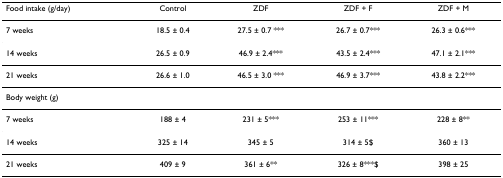
| Food intake (g/day) | Control | ZDF | ZDF + F | ZDF + M |
 | --- | --- | --- | --- | --- |
 | 7 weeks | 18.5 ± 0.4 | 27.5 ± 0.7 *** | 26.7 ± 0.7*** | 26.3 ± 0.6*** |
 | 14 weeks | 26.5 ± 0.9 | 46.9 ± 2.4*** | 43.5 ± 2.4*** | 47.1 ± 2.1*** |
 | 21 weeks | 26.6 ± 1.0 | 46.5 ± 3.0 *** | 46.9 ± 3.7*** | 43.8 ± 2.2*** |
 | Body weight (g) |  |  |  |  |
 | 7 weeks | 188 ± 4 | 231 ± 5*** | 253 ± 11*** | 228 ± 8** |
 | 14 weeks | 325 ± 14 | 345 ± 5 | 314 ± 5$ | 360 ± 13 |
 | 21 weeks | 409 ± 9 | 361 ± 6** | 326 ± 8***$ | 398 ± 25 |